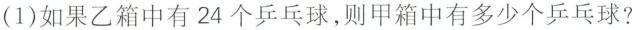
(1)如果乙箱中有24个乒乓球，则甲箱中有多少个乒乓球?